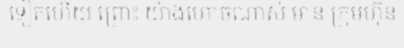
ទៀតហើយ ព្រោះ យ៉ាងហោចណាស់ មាន ក្រុមហ៊ុន